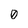
Character: 0